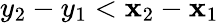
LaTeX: y_{2}-y_{1}<\mathbf{x}_{2}-\mathbf{x}_{1}